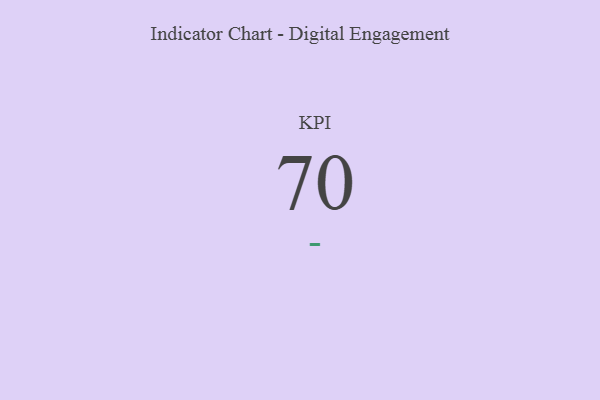
{"axis": {"x": "KPI", "y": "Value"}, "legend": [""], "data": [{"x": "KPI", "y": 70, "type": ""}]}